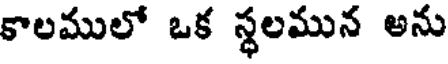
కాలములో ఒక స్థలమున అను